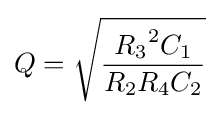
Q={\sqrt {\frac {{R_{3}}^{2}C_{1}}{R_{2}R_{4}C_{2}}}}